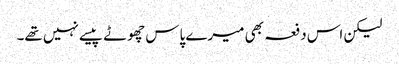
لیکن اس دفعہ بھی میرے پاس چھوٹے پیسے نہیں تھے۔